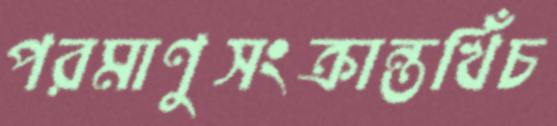
পরমাণুসংক্রান্তখিঁচ